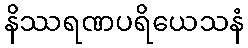
နိဿရဏပရိယေသနံ